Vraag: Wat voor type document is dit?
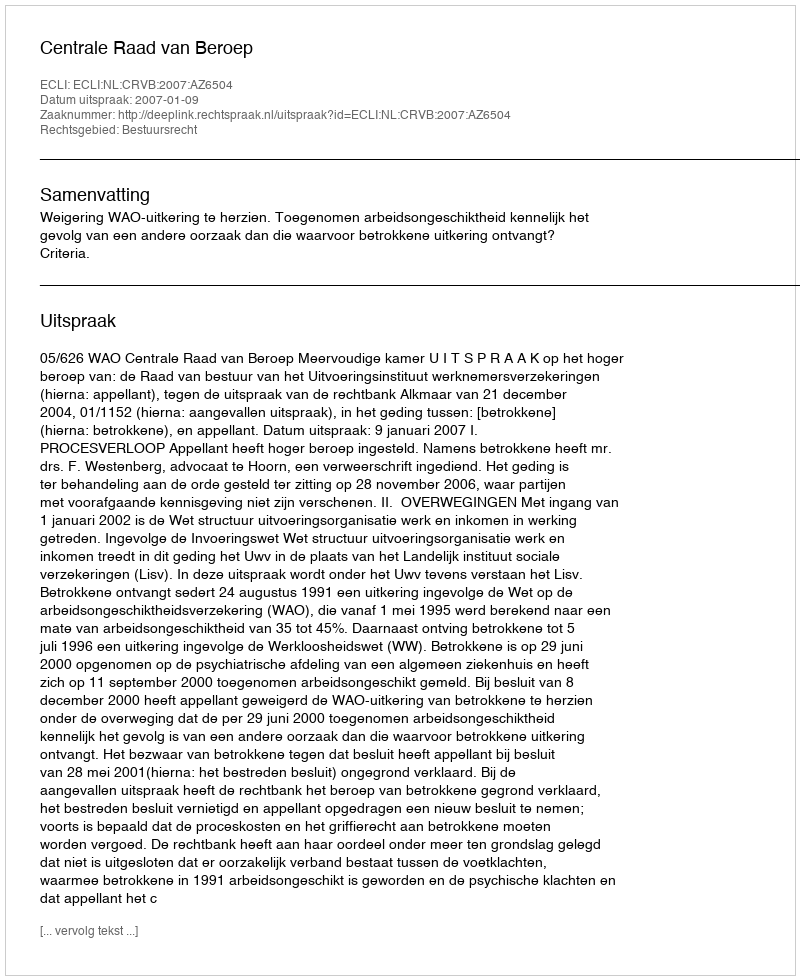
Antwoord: Uitspraak